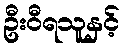
ဦးဝီရသူနှင့်